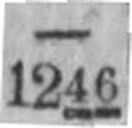
1246